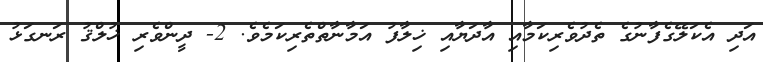
އަދި އެކަލޭގެފާނުގެ ތެދުވެރިކަމާއި އާދަޔާއި ޚިލާފު އަމާނާތްތެރިކަމެވެ. 2- ދީންވެރި ޚުލްޤު ރަނގަޅު